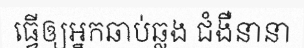
ធ្វើឲ្យអ្នកឆាប់ឆ្លង ជំងឺនានា